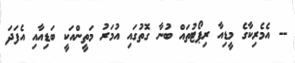
-- އެމެރިކާގެ މީޑިއާ ރިޕޯޓުތައް ބުނާ ގޮތުގައި އުމަރު މަތީންއަކީ ބަޑިއާއި އެފަދަ